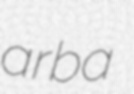
arba